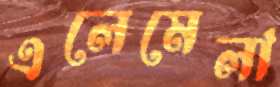
এলেমেলা